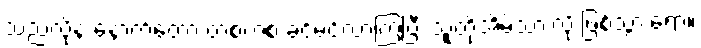
သည်လိုနဲ့ နောက်တော့ တစတစ ခင်မင်လာကြပြီး သူတို့အိမ်သားလို ဖြစ်သွားရော။